Indian journal of veterinary science and animal husbandry - Volume 6,
Year: 1936
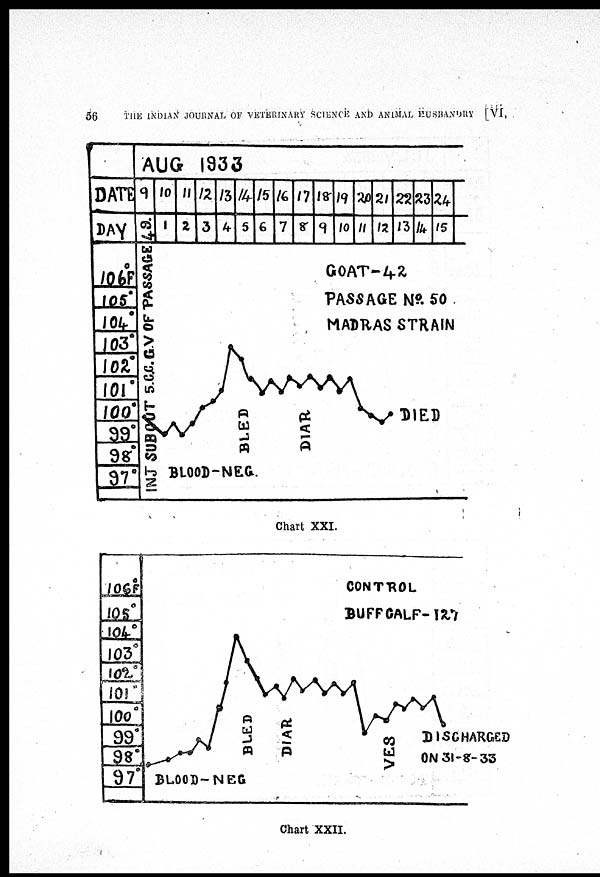
56
THE INDIAN JOURNAL OF VETERINARY SCIENCE AND ANIMAL HUSBANDRY [VI,
Chart XXI.
Chart XXII.